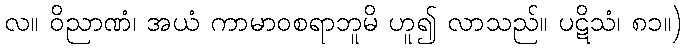
လ။ ဝိညာဏံ၊ အယံ ကာမာဝစရာဘူမိ ဟူ၍ လာသည်။ ပဋိသံ၊ ၈၁။)